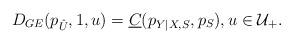
LaTeX: \begin{align*}D_{GE}(p_{\hat{U}},1,u)=\underline{C}(p_{Y|X,S},p_S),u\in\mathcal{U}_+.\end{align*}